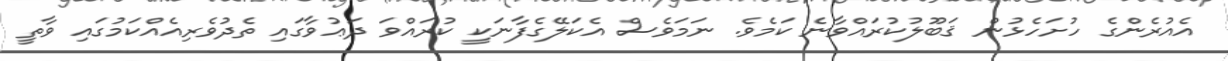
އެއުރެންގެ ހުށަހެޅުން ޤަބޫލުކުރައްވާނެ ކަމެވެ. ނަމަވެސް އެކަލޭގެފާނަކީ ކުރައްވަ ދަޢުވާގައި ތެދުވެރިއެއްކަމުގައި ވާތީ